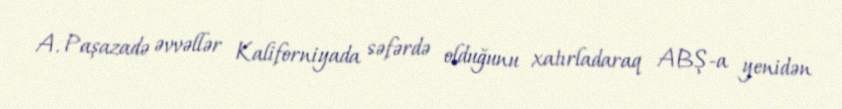
A. Paşazadə əvvəllər Kaliforniyada səfərdə olduğunu xatırladaraq ABŞ-a yenidən